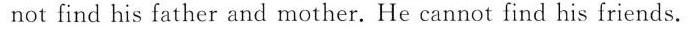
not find his father and mother.He cannot find his friends.